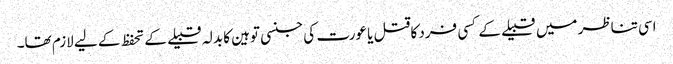
اسی تناظر میں قبیلے کے کسی فرد کاقتل یا عورت کی جنسی توہین کا بدلہ قبیلے کے تحفظ کے لیے لازم تھا۔